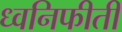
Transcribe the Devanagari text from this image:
ध्वनिफीती